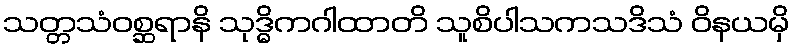
သတ္တသံဝစ္ဆရာနိ သုဒ္ဓိကဂါထာတိ သူစိပါသကသဒိသံ ဝိနယမှိ